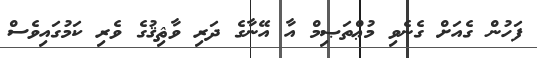
ފަހުން ގެއަށް ގެނެވި މުޢްތަޞިމް އާ އޭނާގެ ދަރި ވާޘިޤުގެ ވެރި ކަމުގައިވެސް